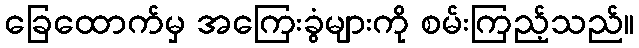
ခြေထောက်မှ အကြေးခွံများကို စမ်းကြည့်သည်။